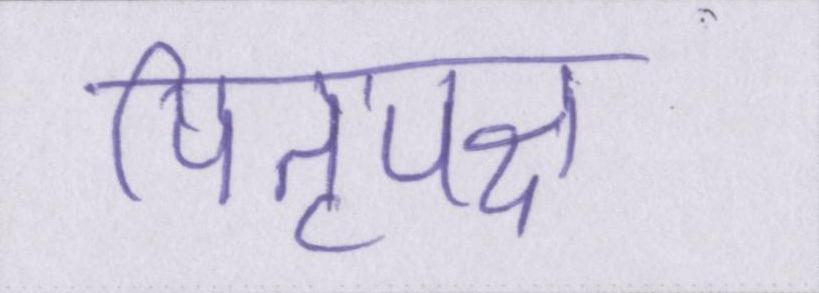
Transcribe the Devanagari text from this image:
पितृपक्ष